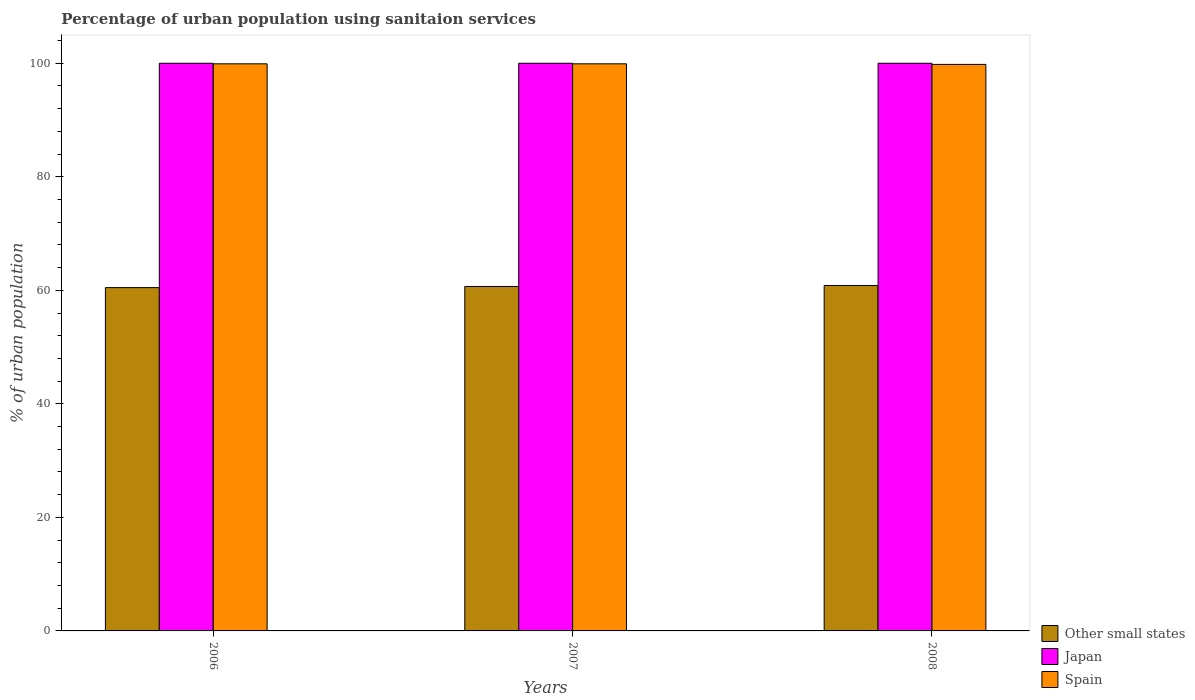
| Years | Other small states | Japan | Spain |
 | --- | --- | --- | --- |
 | 2006 | 60.5 | 100 | 99.9 |
 | 2007 | 60.7 | 100 | 99.9 |
 | 2008 | 60.9 | 100 | 99.8 |